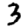
Digit: 3